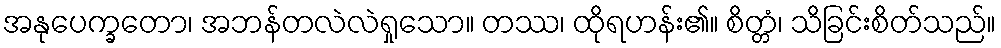
အနုပေက္ခတော၊ အဘန်တလဲလဲရှုသော။ တဿ၊ ထိုရဟန်း၏။ စိတ္တံ၊ သိခြင်းစိတ်သည်။